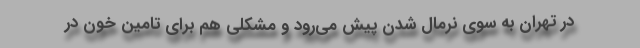
در تهران به سوی نرمال شدن پیش می‌رود و مشکلی هم برای تامین خون در